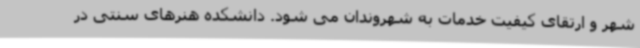
شهر و ارتقای کیفیت خدمات به شهروندان می شود. دانشکده هنرهای سنتی در